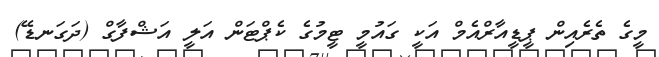
މީގެ ތެރެއިން ޕީޑީއާރްއެމް އަކީ ގައުމީ ޓީމުގެ ކެޕްޓަން އަލީ އަޝްފާގް (ދަގަނޑޭ)